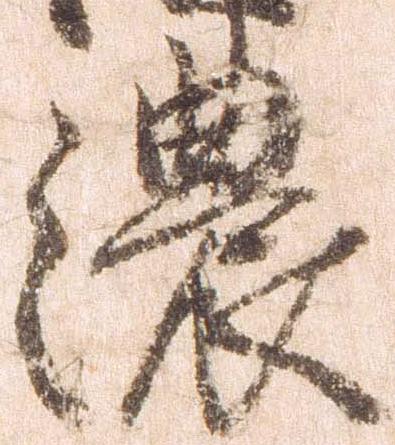
濃